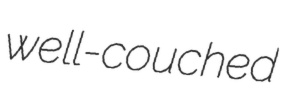
well-couched